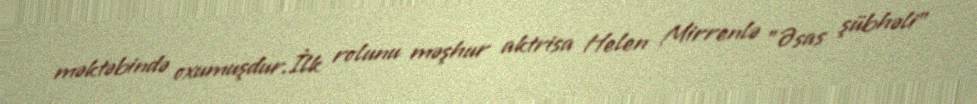
məktəbində oxumuşdur.İlk rolunu məşhur aktrisa Helen Mirrenlə "Əsas şübhəli"